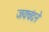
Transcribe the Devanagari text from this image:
जयचंदने